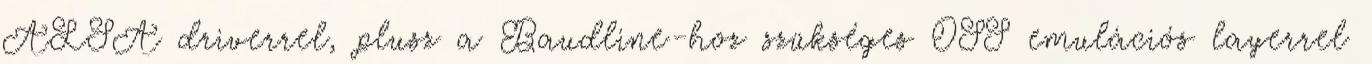
ALSA driverrel, plusz a Baudline-hoz szükséges OSS emulációs layerrel